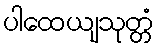
ပါထေယျသုတ္တံ